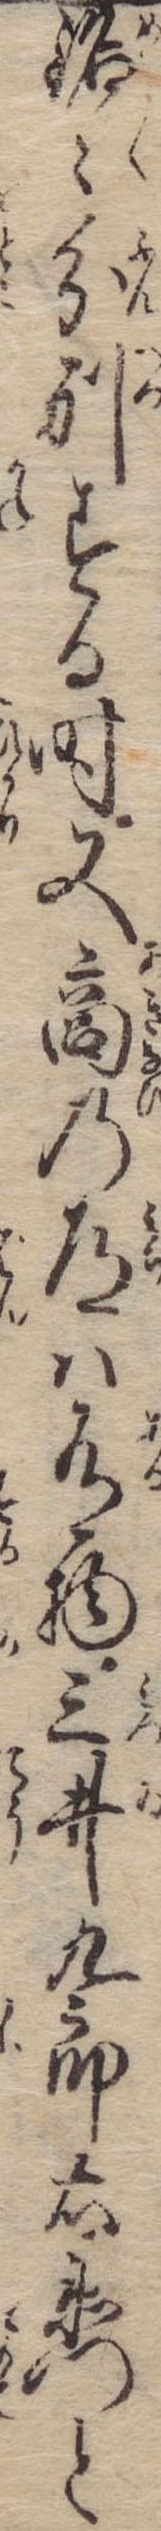
銘々分別する時又商の道は有物三井九郎右衛門と